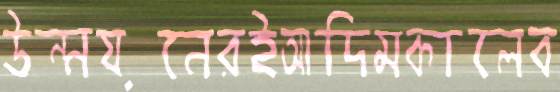
উন্নয়নেরইআদিমকালেব